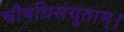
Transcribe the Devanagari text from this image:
चौषधिसंयुताम्।